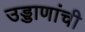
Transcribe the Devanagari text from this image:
उड्डाणांची